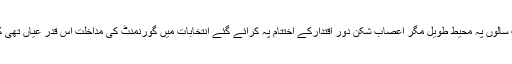
سب سے بڑھ کے مسٹر بھٹو کے سات سالوں پہ محیط طویل مگر اعصاب شکن دور اقتدارکے اختتام پہ کرائے گئے انتخابات میں گورنمنٹ کی مداخلت اس قدر عیاں تھی کہ معاشرہ اسے ہضم نہیں کر سکتا تھا۔